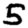
Digit: 5